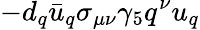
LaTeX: -d_{q}\bar{u}_{q}\sigma_{\mu\nu}\gamma_{5}q^{\nu}u_{q}